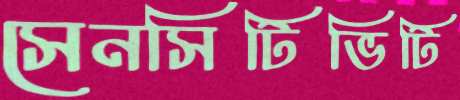
সেনসিটিভিটি